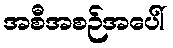
အစီအစဉ်အပေါ်